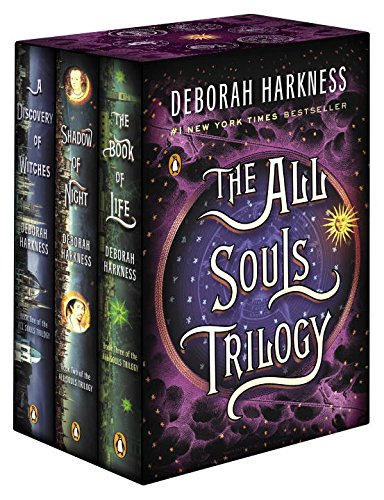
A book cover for The All Souls Trilogy Boxed Set; Deborah Harkness; Mystery, Thriller & Suspense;